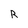
Character: R